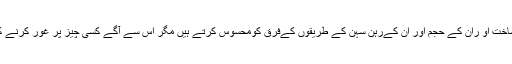
ان کی شکلوں ،ان کی ساخت او ران کے حجم اور ان کےرہن سہن کے طریقوں کےفرق کومحسوس کرتے ہیں مگر اس سے آگے کسی چیز پر غور کرنے کے روادار نہیں ہوتے ۔